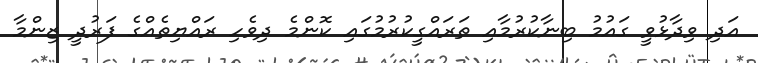
އަދި ވިދާޅުވީ ގައުމު ބިނާކުރުމާއި ތަރައްގީކުރުމުގައި ކޮންމެ ދިވެހި ރައްޔިތެއްގެ ފަރުދީ ޒިންމާ